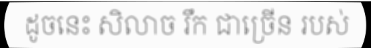
ដូចនេះ សិលាច រឹក ជាច្រើន របស់